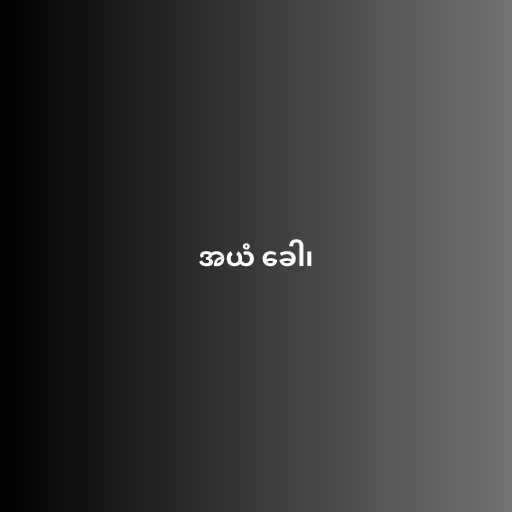
အယံ ခေါ၊